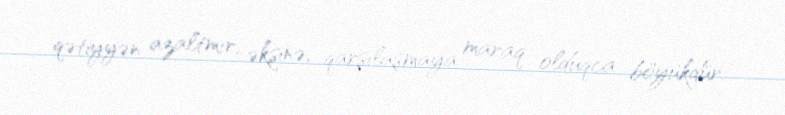
qətiyyən azaltmır, əksinə, qarşılaşmaya maraq olduqca böyükdür.